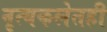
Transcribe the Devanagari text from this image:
नृत्यकलेतही